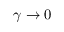
\gamma \rightarrow 0